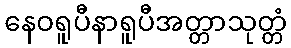
နေဝရူပီနာရူပီအတ္တာသုတ္တံ